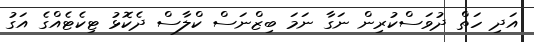
އަދި ހަތް ދުވަސްކުރިން ނަގާ ނަމަ ބިޒްނަސް ކްލާސް ދެކޮޅު ޓިކެޓެއްގެ އަގު